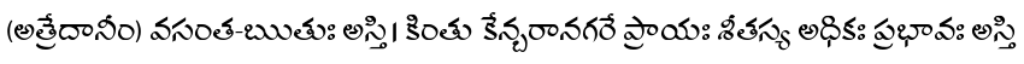
(అత్రేదానీం) వసంత-ఋతుః అస్తి। కింతు కేన్బరానగరే ప్రాయః శీతస్య అధికః ప్రభావః అస్తి